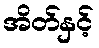
အိတ်နှင့်